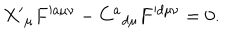
X ^ { \prime } { } _ { \mu } F ^ { \prime a \mu \nu } - C ^ { a } { } _ { d \mu } F ^ { \prime d \mu \nu } = 0 .